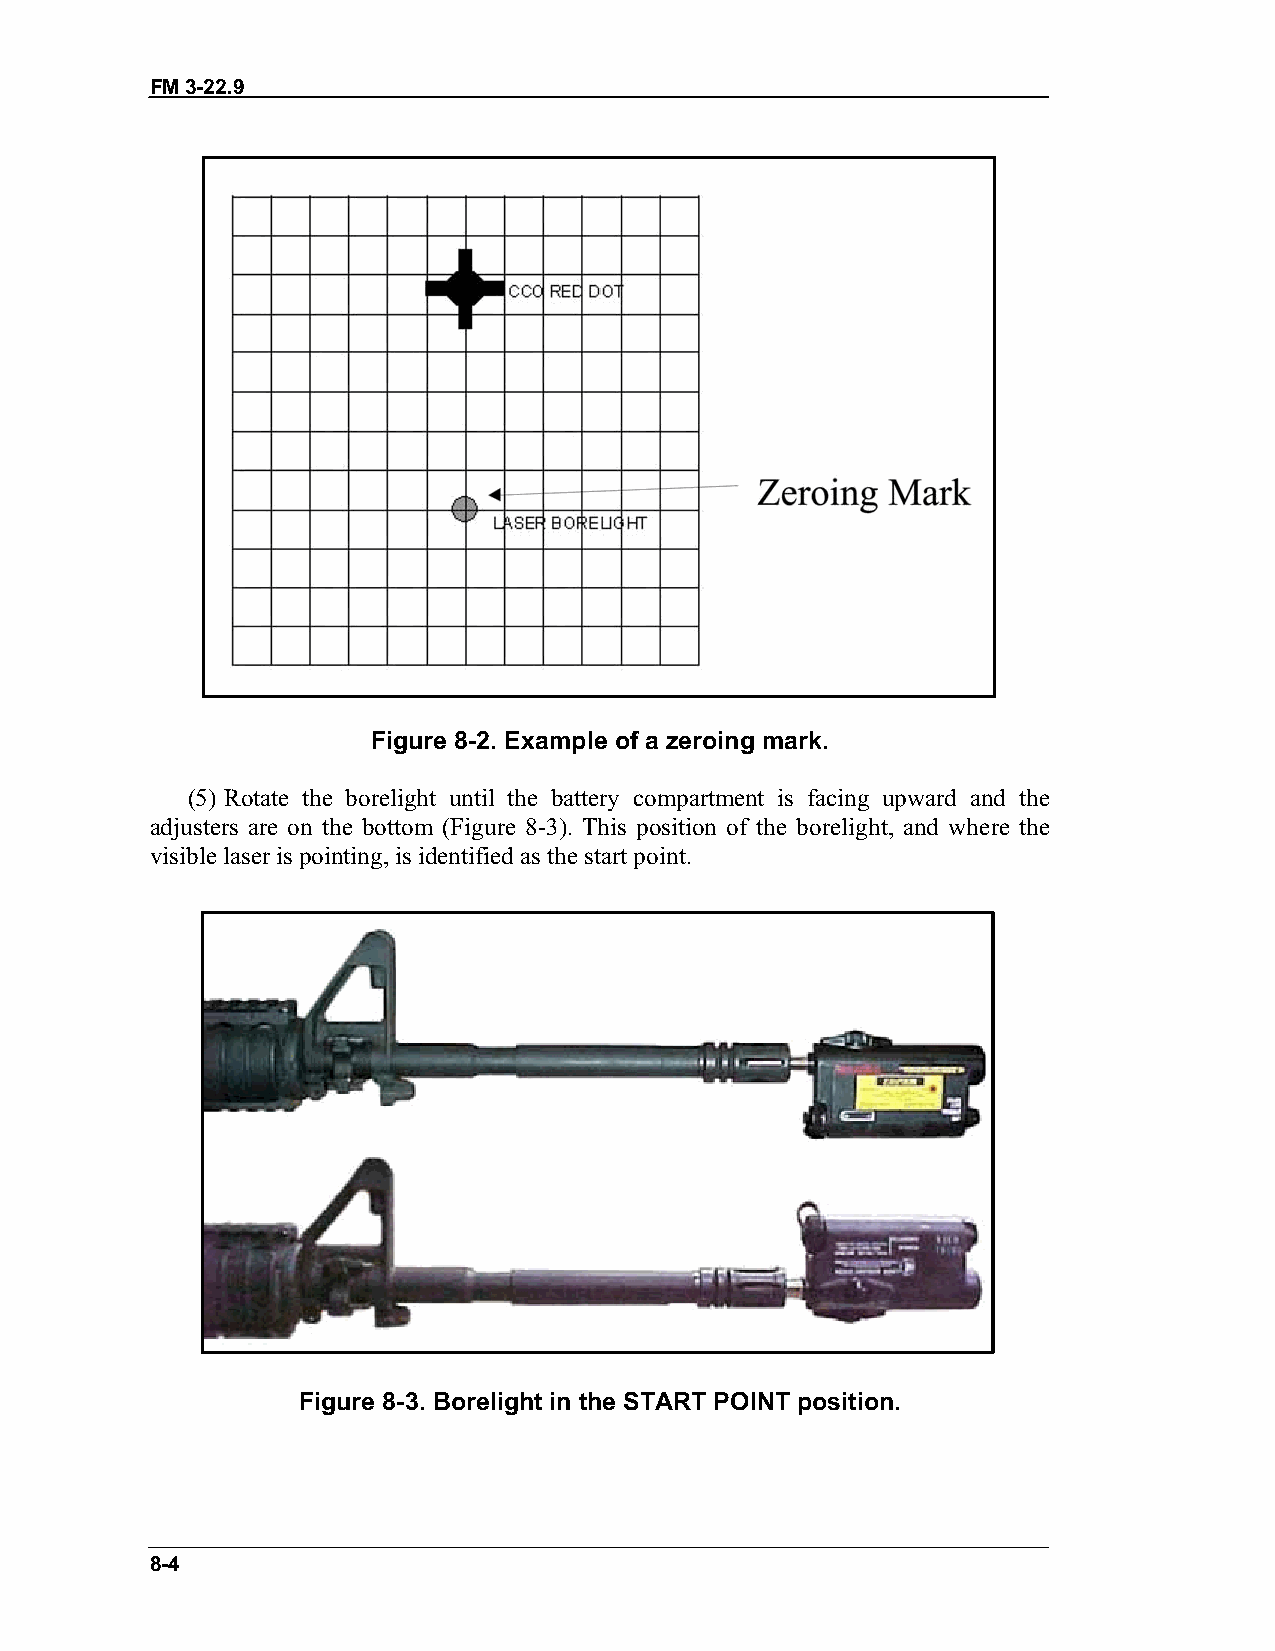
FM 3-22.9
 Figure 8-2. Example of a zeroing mark.
 (5) Rotate the borelight until the battery compartment is facing upward and the
 adjusters are on the bottom (Figure 8-3). This position of the borelight, and where the
 visible laser is pointing, is identified as the start point.
 Figure 8-3. Borelight in the START POINT position.
 8-4